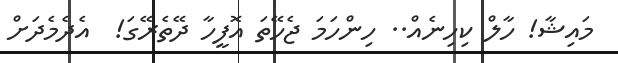
މައިޝާ! ހާލް ކިހިނެއް.. ހިންހަމަ ޖެހޭތަ އޮފީހާ ދޭތެރޭގަ!  އެދެމެދަށް